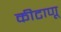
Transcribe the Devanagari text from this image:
कीटाणू